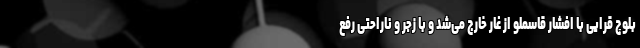
بلوچ قرایی با افشار قاسملو از غار خارج می‌شد و با زجر و ناراحتی رفع